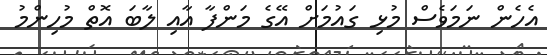
އެހެން ނަމަވެސް މުޅި ގައުމަށް އޭގެ މަންފާ އާއި ލާބަ އޮތް މުހިންމު